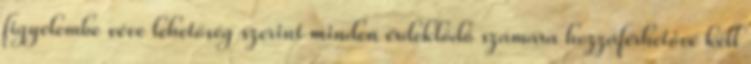
figyelembe véve lehetőség szerint minden érdeklődő számára hozzáférhetővé kell